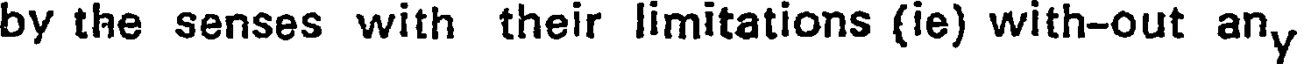
by the senses with their limitations (ie) with-out any